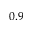
0 . 9